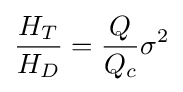
{\frac {H_{T}}{H_{D}}}={\frac {Q}{Q_{c}}}\sigma ^{2}